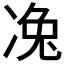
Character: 𠗟